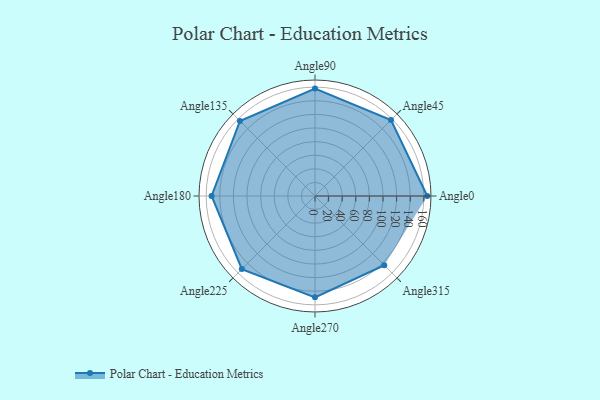
{"axis": {"x": "Angle", "y": "Radius"}, "legend": [""], "data": [{"x": "Angle0", "y": 165.0, "type": ""}, {"x": "Angle45", "y": 158.0, "type": ""}, {"x": "Angle90", "y": 158.0, "type": ""}, {"x": "Angle135", "y": 156.0, "type": ""}, {"x": "Angle180", "y": 152.0, "type": ""}, {"x": "Angle225", "y": 152.0, "type": ""}, {"x": "Angle270", "y": 149.0, "type": ""}, {"x": "Angle315", "y": 144.0, "type": ""}]}